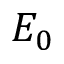
E _ { 0 }